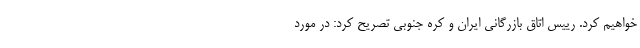
خواهیم کرد. رییس اتاق بازرگانی ایران و کره جنوبی تصریح کرد: در مورد